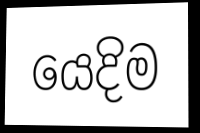
යෙදිම